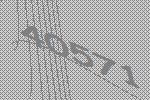
40571